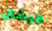
كيشان